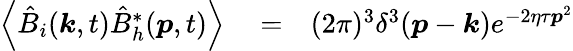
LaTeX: \begin{array}{rlr}{\left\langle\hat{B}_{i}(\boldsymbol{k},t)\hat{B}_{h}^{\ast}(\boldsymbol{p},t)\right\rangle}&{{}=}&{(2\pi)^{3}\delta^{3}(\boldsymbol{p}-\boldsymbol{k})e^{-2\eta\tau\boldsymbol{p}^{2}}}\end{array}